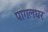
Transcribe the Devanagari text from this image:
पागलघर